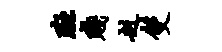
斑贱赳双